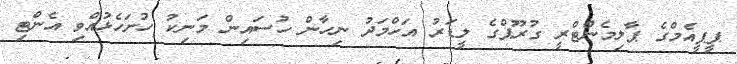
ޕީޕީއެމްގެ ޕާލިމެންޓްރީ ގުރޫޕްގެ ލީޑަރު އަހްމަދު ނިހާން ހުސައިން މަނިކު ހުށަހެޅުއްވި އެންޓި